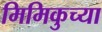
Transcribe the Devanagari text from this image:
मिमिकुच्या